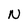
Character: N